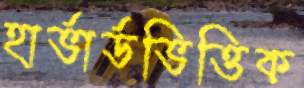
হার্ভার্ডভিত্তিক